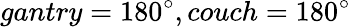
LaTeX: gantry=180^{\circ},couch=180^{\circ}